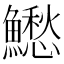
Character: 𩼗